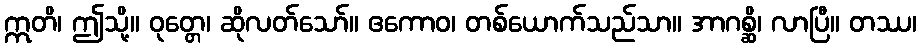
ဣတိ၊ ဤသို့။ ဝုတ္တေ၊ ဆိုလတ်သော်။ ဧကောဝ၊ တစ်ယောက်သည်သာ။ အာဂစ္ဆိ၊ လာပြီ။ တဿ၊